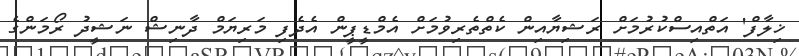
ޚިލާފް' އަތްއިސްކުރުމަށް ރަޝިޔާއިން ކެތްތެރިވުމަށް އެމްޑީޕީން އެދެފި މަރިޔަމް ދާނިޝް ނަޝީދު ރޯމަންގެ